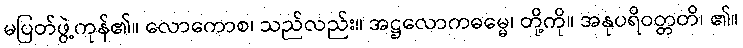
မပြတ်ဖွဲ့ကုန်၏။ လောကောစ၊ သည်လည်း။ အဋ္ဌလောကဓမ္မေ၊ တို့ကို။ အနုပရိဝတ္တတိ၊ ၏။